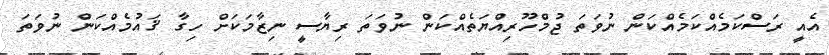
އެއީ ރަސްކަމެއްކަމެއްކަން ނުވަތަ ޖުމްހޫރިއްޔަތެއްކަން ނުވަތަ ރިޔާސީ ނިޒާމަކަށް ހިގާ ޤައުމެއްކަން ނުވަތަ